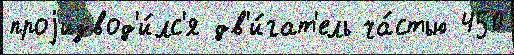
проjизвод'и́лс'я дв'и́гат'ель ча́стью 450